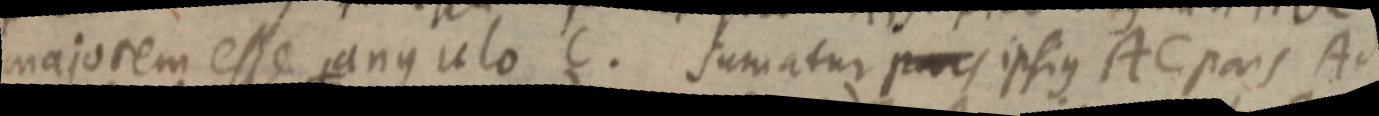
majorem esse angulo C. sumatur pars ipsius AC pars Ad